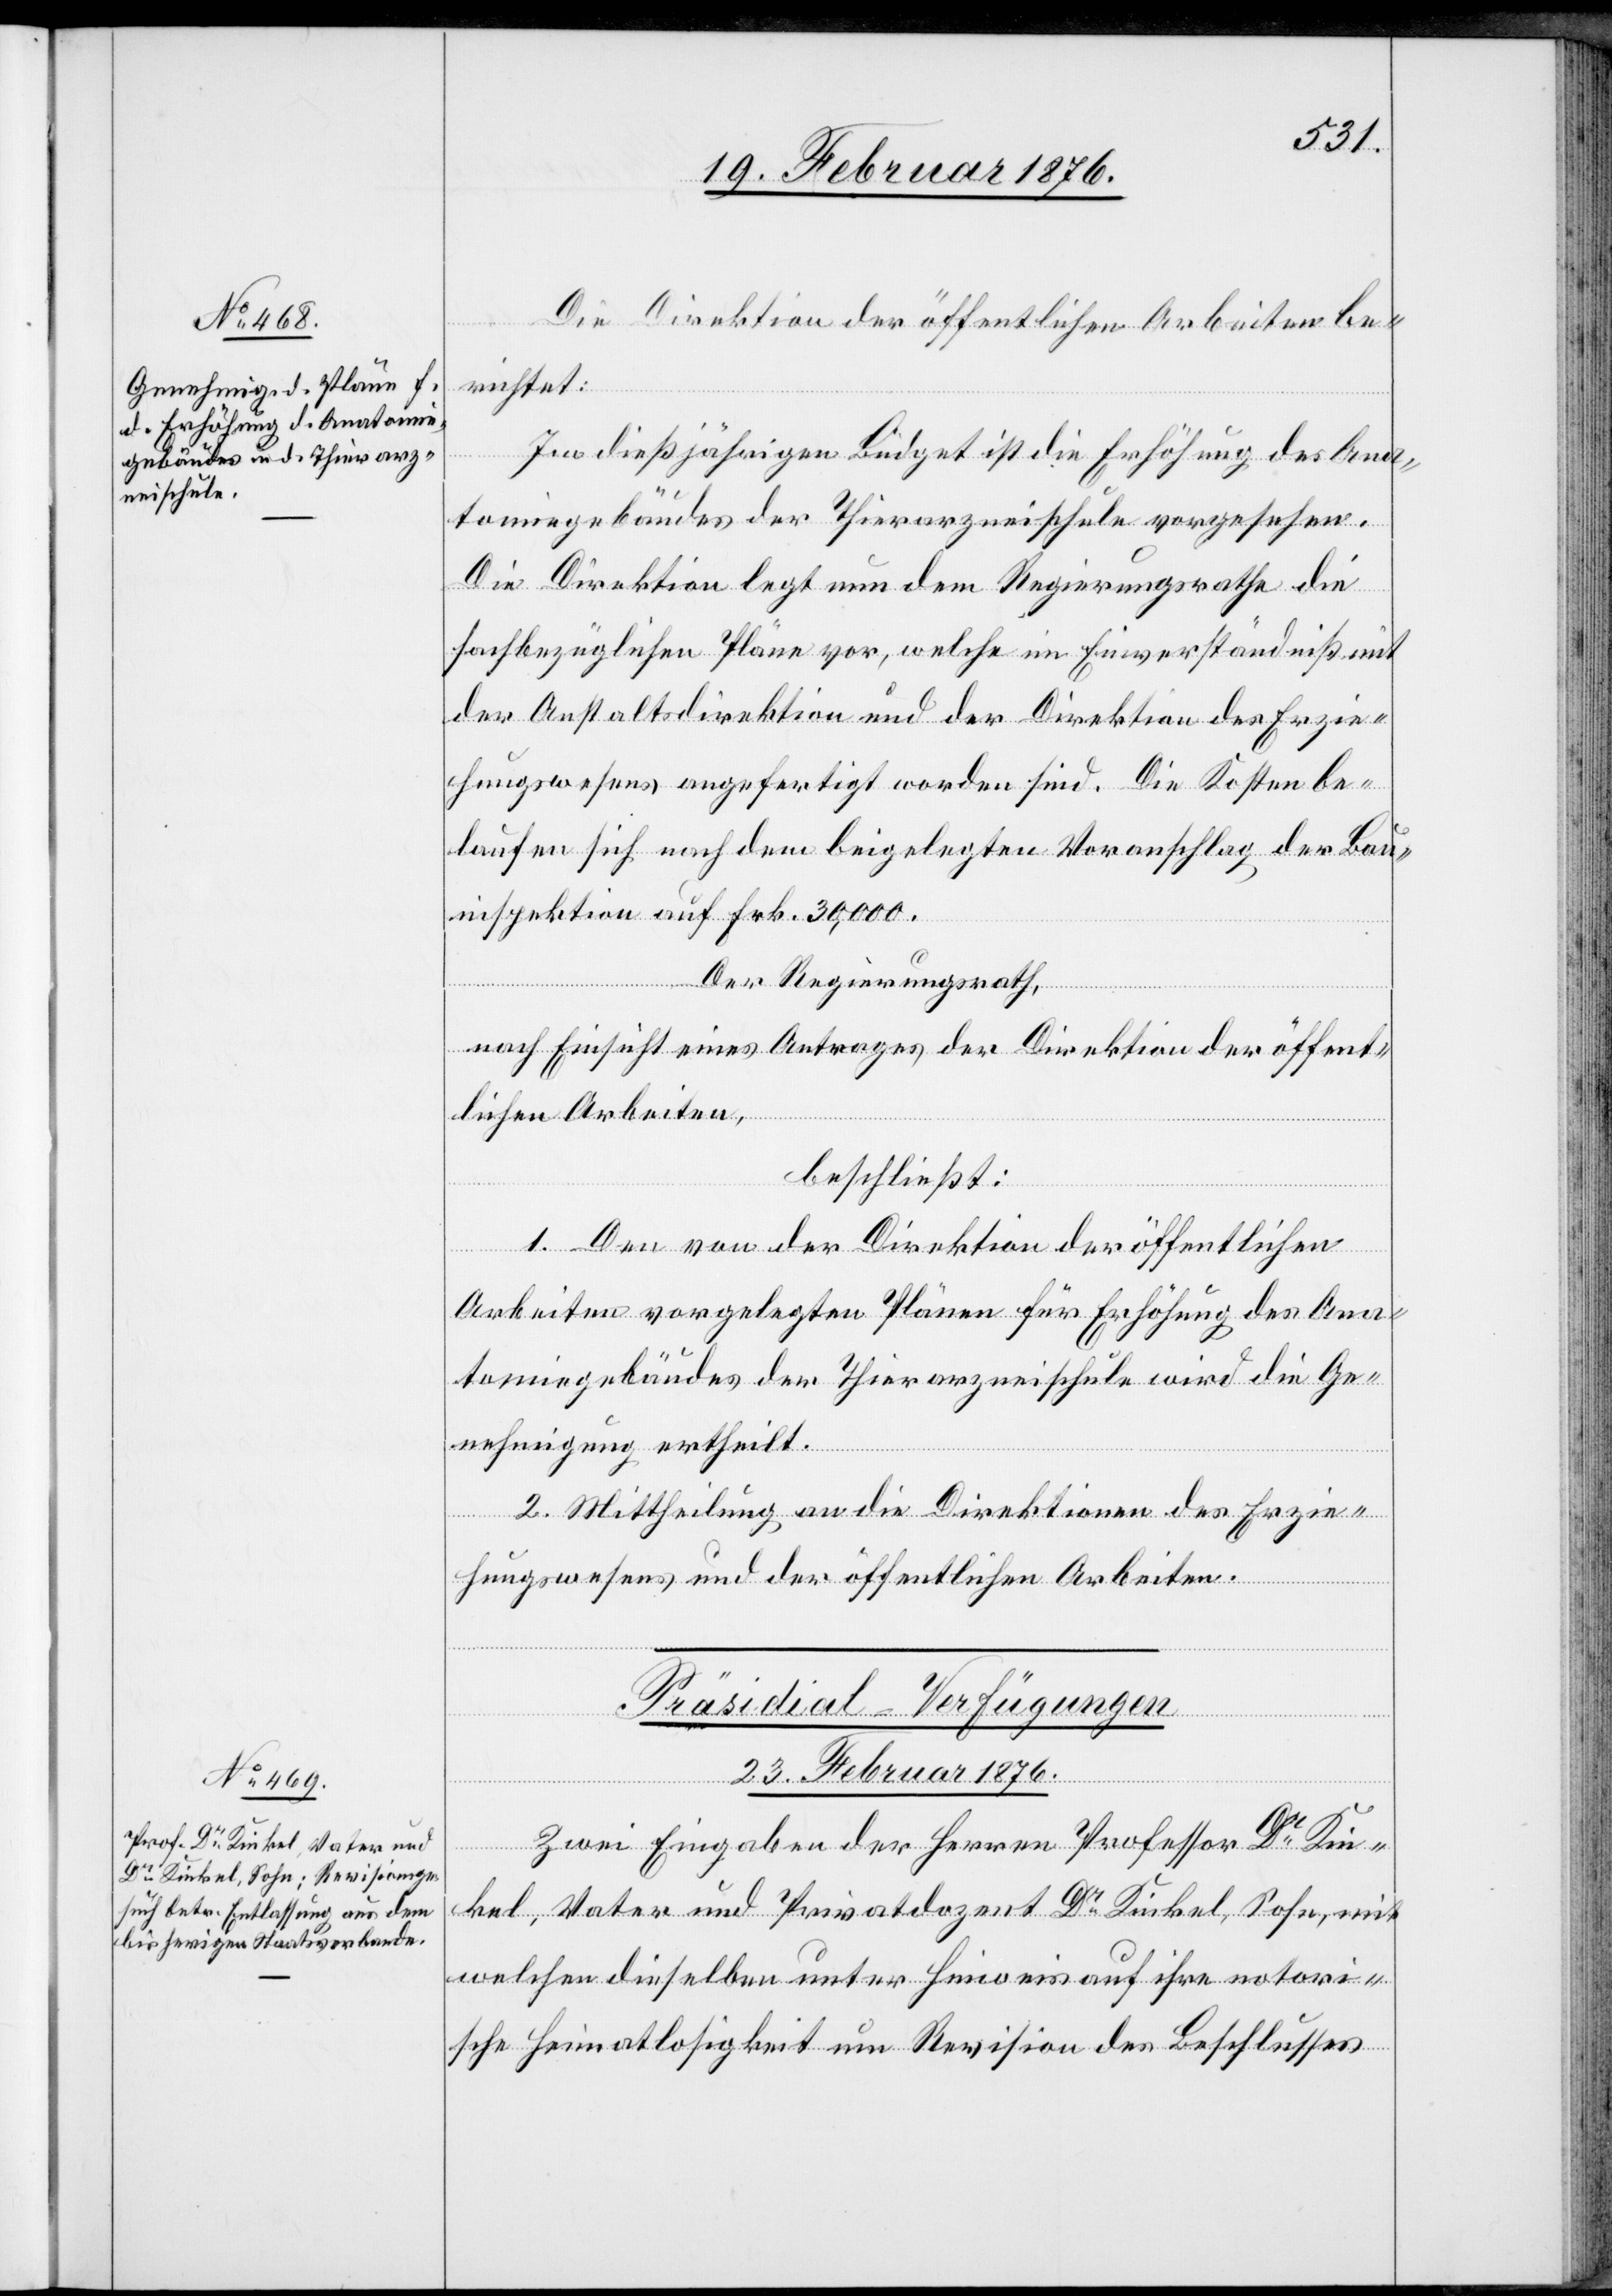
Die Direktion der öffentlichen Arbeiten be¬
richtet:
Im dießjährigen Büdget ist die Erhöhung des Ana¬
tomiegebäudes der Thierarzneischule vorgesehen.
Die Direktion legt nun dem Regierungsrathe die
sachbezüglichen Pläne vor, welche im Einverständniß mit
der Anstaltsdirektion und der Direktion des Erzie¬
hungswesens angefertigt worden sind. Die Kosten be¬
laufen sich nach dem beigelegten Voranschlag der Bau¬
inspektion auf Frk. 30,000.
Der Regierungsrath,
nach Einsicht eines Antrages der Direktion der öffent¬
lichen Arbeiten,
beschließt:
1. Den von der Direktion der öffentlichen
Arbeiten vorgelegten Plänen für Erhöhung des Ana¬
tomiegebäudes der Thierarzneischule wird die Ge¬
nehmigung ertheilt.
2. Mittheilung an die Direktion des Erzie¬
hungswesens und der öffentlichen Arbeiten.
Präsidial-Verfügungen
23. Februar 1876.
Zwei Eingaben der Herren Professor Dr Kin¬
kel, Vater und Privatdozent Dr Kinkel, Sohn, mit
welchen dieselben unter Hinweis auf ihre notori¬
sche Heimatlosigkeit um Revision des Beschlusses